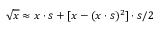
\sqrt { x } \approx x \cdot s + [ x - ( x \cdot s ) ^ { 2 } ] \cdot s / 2